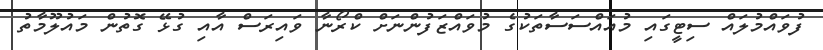
ފުވައްމުލައް ސިޓީގައި މުއައްސަސާތަކުގެ މުވައްޒަފުންނަށް ކްރޯނާ ވައިރަސް އާއި ގުޅޭ ގޮތުން މައުލޫމާތު